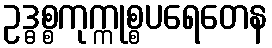
ဥဒ္ဓစ္စကုက္ကုစ္စပရေတေန